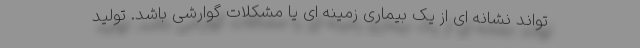
تواند نشانه ای از یک بیماری زمینه ای یا مشکلات گوارشی باشد. تولید